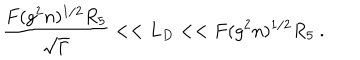
\frac { F ( g ^ { 2 } n ) ^ { 1 / 2 } R _ { 5 } } { \sqrt \Gamma } < < L _ { D } < < F ( g ^ { 2 } n ) ^ { 1 / 2 } R _ { 5 } \ .